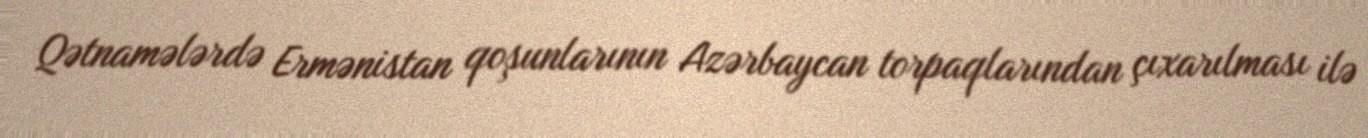
Qətnamələrdə Ermənistan qoşunlarının Azərbaycan torpaqlarından çıxarılması ilə